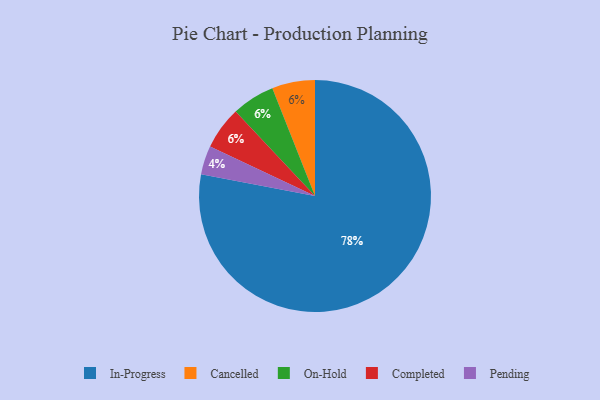
{"axis": {"x": "Category", "y": "Percentage"}, "legend": ["Cancelled", "Completed", "In-Progress", "On-Hold", "Pending"], "data": [{"x": "Cancelled", "y": 6, "type": "Cancelled"}, {"x": "On-Hold", "y": 6, "type": "On-Hold"}, {"x": "In-Progress", "y": 78, "type": "In-Progress"}, {"x": "Completed", "y": 6, "type": "Completed"}, {"x": "Pending", "y": 4, "type": "Pending"}]}